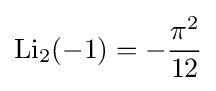
\operatorname {Li} _{2}(-1)=-{\frac {{\pi }^{2}}{12}}